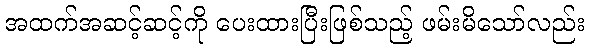
အထက်အဆင့်ဆင့်ကို ပေးထားပြီးဖြစ်သည့် ဖမ်းမိသော်လည်း